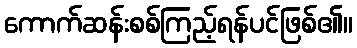
ကောက်ဆန်းစစ်ကြည့်ရန်ပင်ဖြစ်၏။